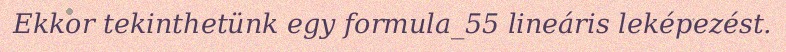
Ekkor tekinthetünk egy formula_55 lineáris leképezést.